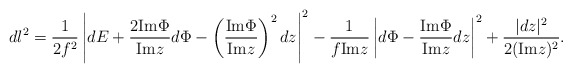
\begin{align*}dl^2=\frac{1}{2f^2}\left|dE+\frac{2{\rm Im}\Phi}{{\rm Im}z} d\Phi-\left(\frac{{\rm Im}\Phi}{{\rm Im}z}\right)^2dz\right|^2-\frac{1}{f{\rm Im}z}\left|d\Phi-\frac{{\rm Im}\Phi}{{\rm Im}z}dz \right|^2+\frac{|dz|^2}{2({\rm Im}z)^2}.\end{align*}